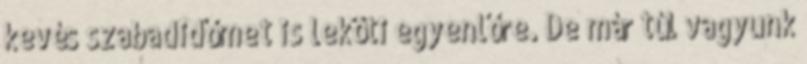
kevés szabadidőmet is leköti egyenlőre. De már túl vagyunk